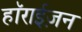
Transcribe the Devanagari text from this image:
हाॅराईज़न